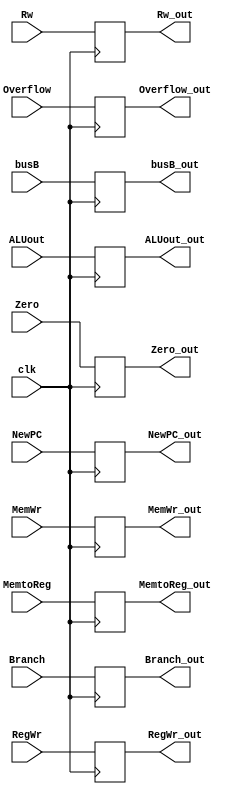
`timescale 1ns / 1ps

module Ex_Mem(
input clk,
input [31:0]NewPC,
input Zero,
input Overflow,
input [31:0]ALUout,
input [4:0]Rw,
input MemWr,
input Branch,
input MemtoReg,
input RegWr,
input [31:0]busB,

output reg [31:0]NewPC_out,
output reg Zero_out,
output reg Overflow_out,
output reg [31:0]ALUout_out,
output reg [4:0]Rw_out,
output reg MemWr_out,
output reg Branch_out,
output reg MemtoReg_out,
output reg RegWr_out,
output reg [31:0]busB_out
);
    always @(negedge clk)
    begin
    NewPC_out=NewPC;
    busB_out=busB;
    Zero_out=Zero;
    Overflow_out=Overflow;
    ALUout_out=ALUout;
    Rw_out=Rw;
    MemWr_out=MemWr;
    Branch_out=Branch;
    MemtoReg_out=MemtoReg;
    RegWr_out=RegWr;
    end
endmodule